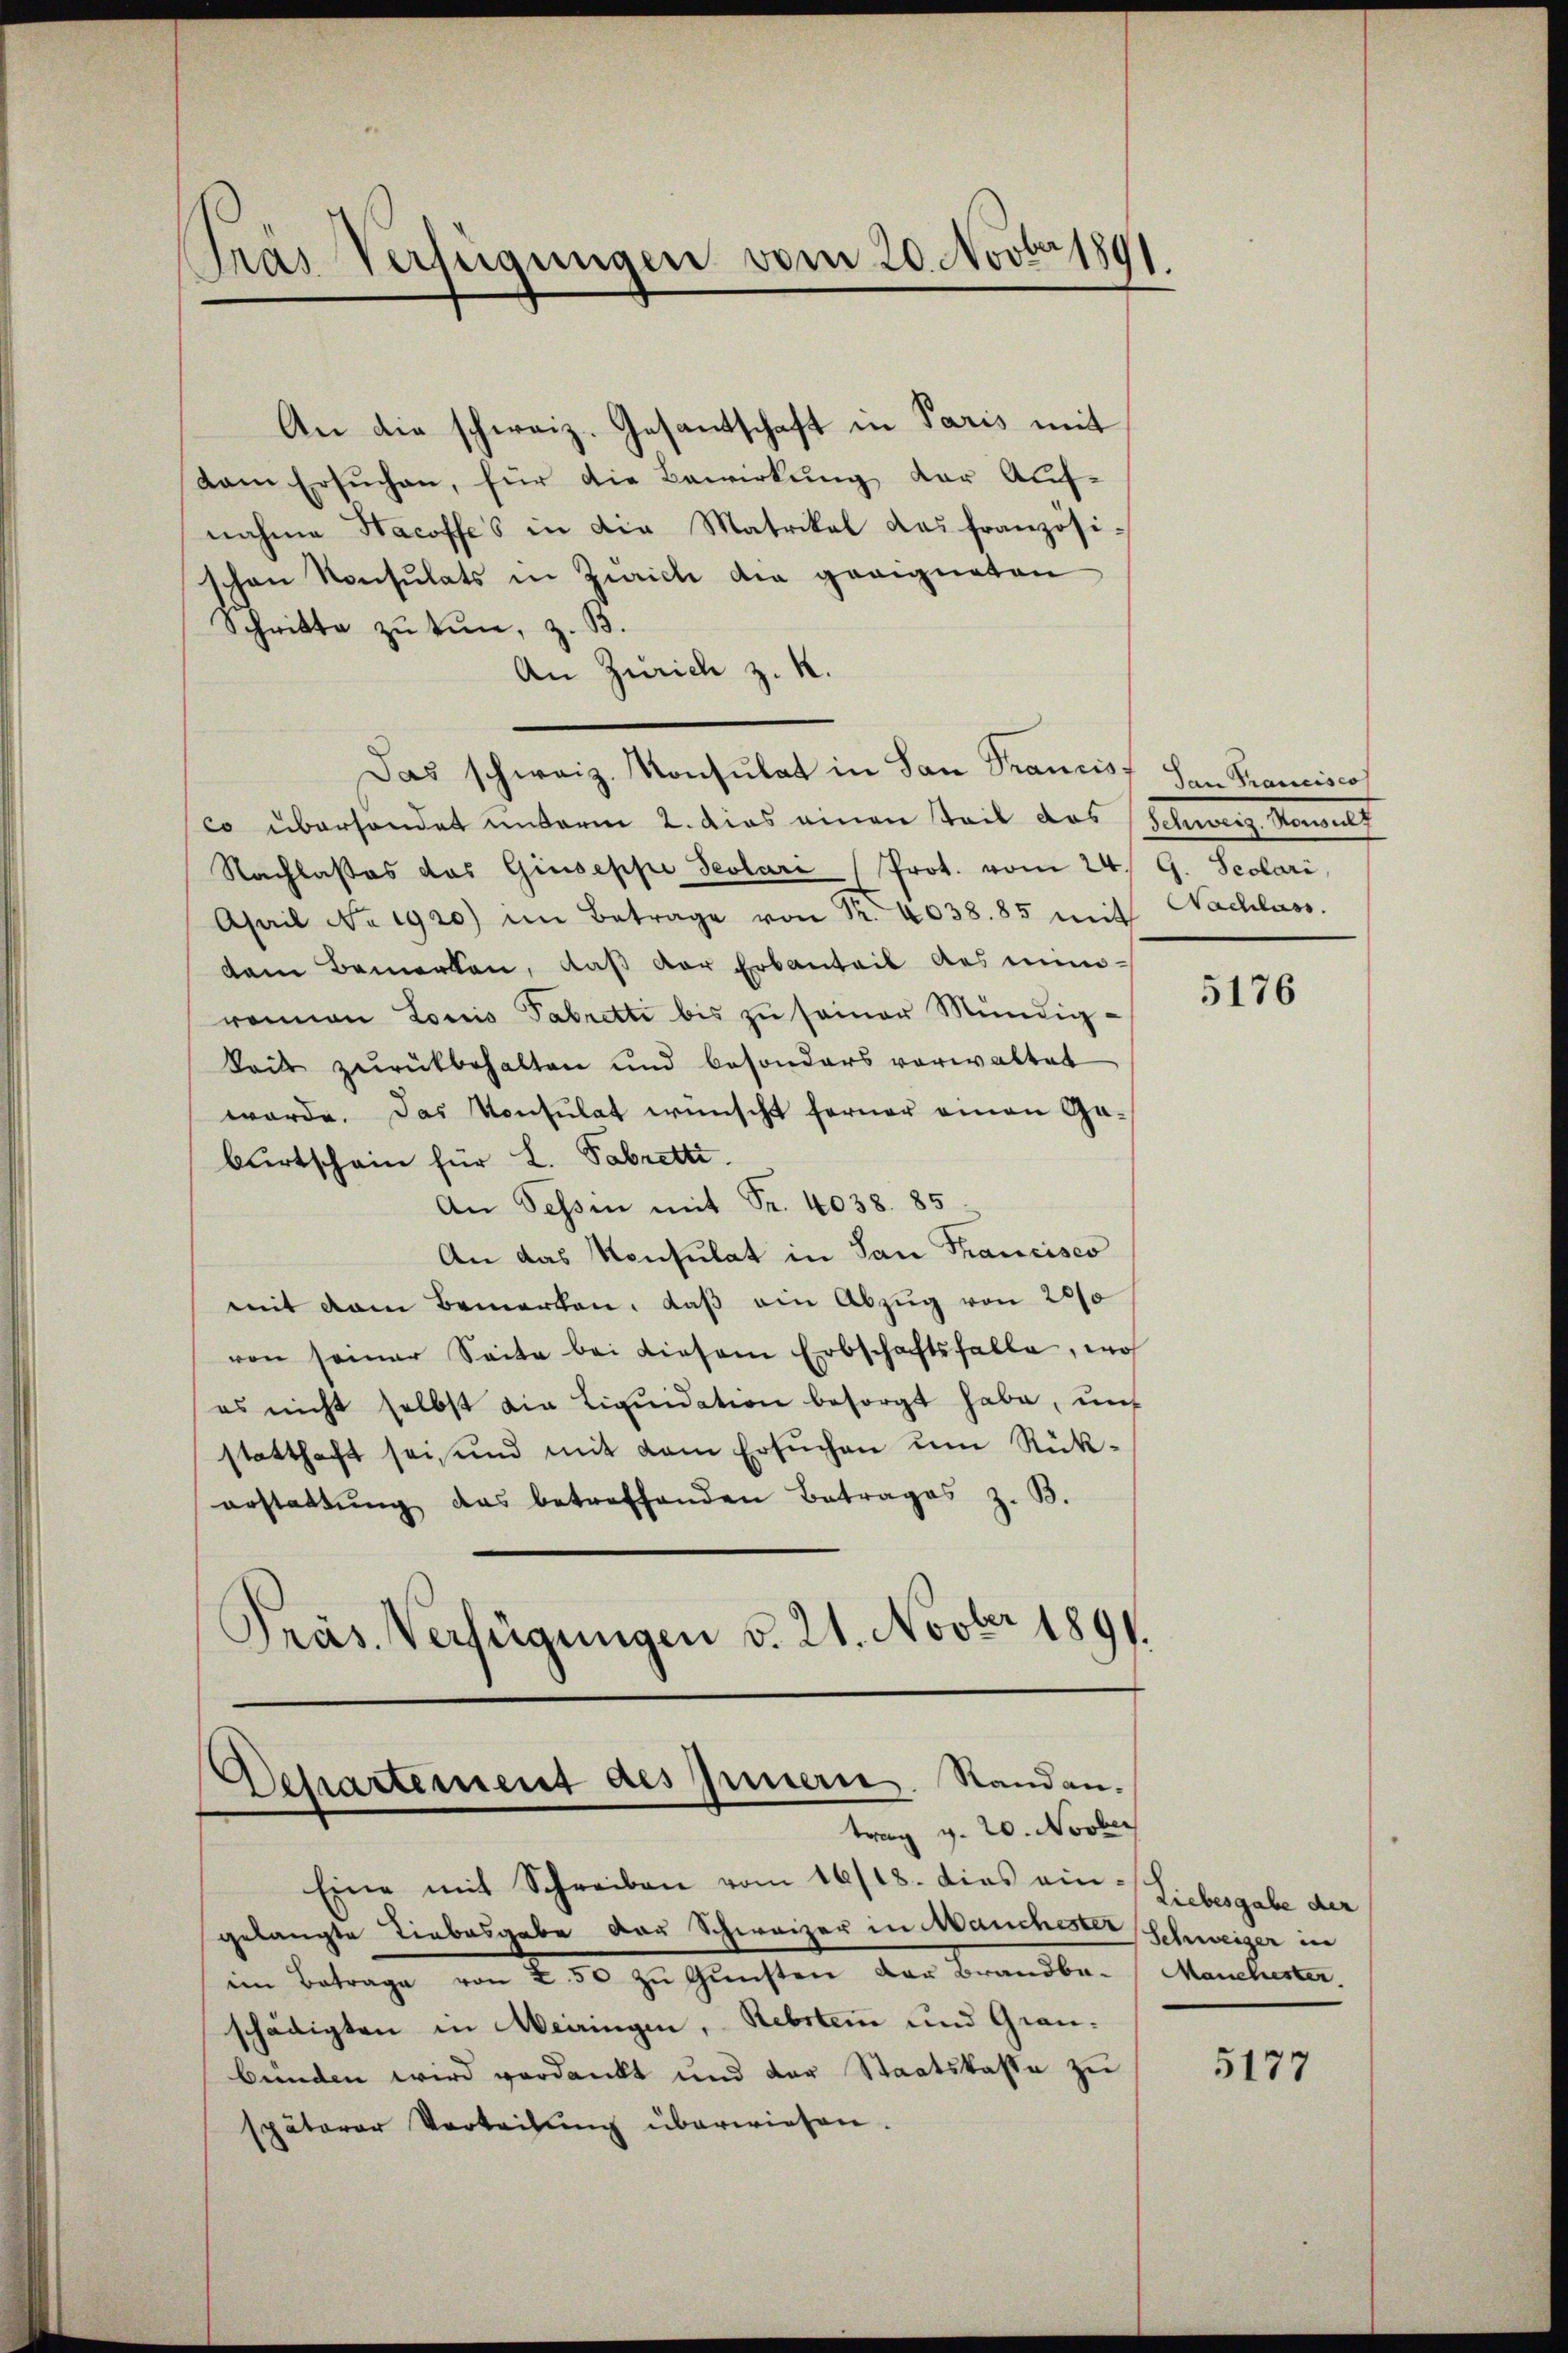
Pras Verfügungen vom 20. Novbr 1891

dam Ersuchen, für die Bewirkung der Aufnahme Hacoffes in die Matrikal das französi-
schon Konsulats in Zürich die geeigneten
Schritte zu tun, z. B.
An Zürich z. R.
Das schweiz. Konsulat in San Francis
co überhandet unterm 2. dies einen Teil das Schweiz. Nowalt
Nachlasses das Giuseppe Testari Prot. vom 24. G. Scolari
April No 1920) im Betrage von Fr. 4038.85 mit
dem Bemerken, daß der Erbanteil des minronen Louis Tabretti bis zu seiner Mündig-
keits zurückbehalten und besonders vorwaltet
werde. Das Konsulat wünscht ferner einen Gaburtschein für L. Sabretti.
An Tessin mit Fr. 4038. 85
An das Konsulat in San Francisco
mit dem Bemerken, daß ein Abzug von 200
von seiner Seite bei diesem Erbschaftsfalle, wo
es nicht selbst die Liqŭidation besorgt habe, unt
statthaft sei, und mit dem Ersuchen um Rückerstattŭng das betreffenden Betrages z. B.
Präs. Verfügungen v. 21. Novber 1891.

An die schweiz. Gesandschaft in Paris mit

Dessartement des Innern. Standen.
trag v. 20. Novber

Eine mit Schreiben vom 16/18. dies ein Liebesgabe der
gelangte Liebesgabe das Schweizer in Manchester Schweizer in
ein Betrage von 250 zu Gunsten der Brandbeschädigten in Weingen, Rebstem und Graubünden wird verdankt und der Staatskasse zu
späterer Verteilung überwiesen.

San Francisco
Nachlass.

5176

Manchester

5177